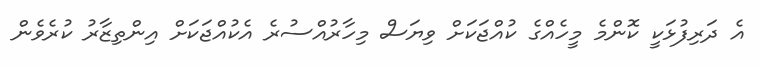
އެ ދަރިފުޅަކީ ކޮންމެ މީހެއްގެ ކުއްޖަކަށް ވިޔަސް މިހާރުއްސުރެ އެކުއްޖަކަށް އިންތިޒާރު ކުރެވެން